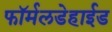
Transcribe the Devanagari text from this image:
फॉर्मलडेहाईड